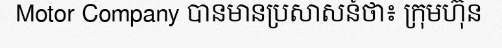
Motor Company បានមានប្រសាសន៍ថា៖ ក្រុមហ៊ុន